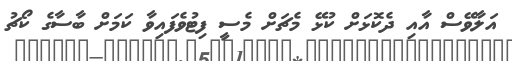
އަލާވޭސް އާއި ދެކޮޅަށް ކުޅޭ މެޗަށް މެސީ ފިޓުވެފައިވާ ކަމަށް ބާސާގެ ކޯޗު